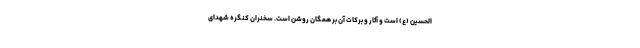
الحسین (ع) است و آثار و برکات آن بر همگان روشن است. سخنران کنگره شهدای